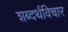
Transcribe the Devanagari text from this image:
शब्दर्थविचार